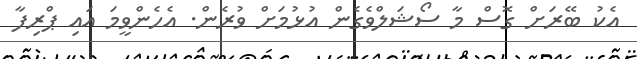
އެކު ބޭރަށް ގޮސް މާ ސޯޝަލްވެގެން އުޅުމަށް ވުރެން. އެހެންވީމަ އައި ޕްރިފާ